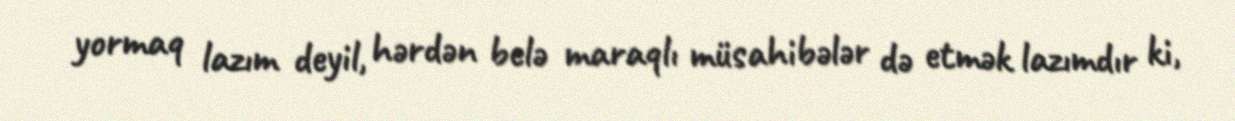
yormaq lazım deyil, hərdən belə maraqlı müsahibələr də etmək lazımdır ki,